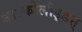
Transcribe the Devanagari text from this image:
आल्कोलौइ्डस्